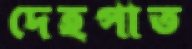
দেহপাত